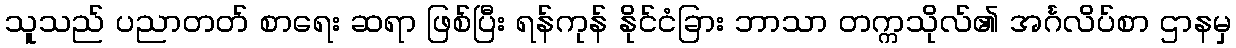
သူသည် ပညာတတ် စာရေး ဆရာ ဖြစ်ပြီး ရန်ကုန် နိုင်ငံခြား ဘာသာ တက္ကသိုလ်၏ အင်္ဂလိပ်စာ ဌာနမှ